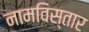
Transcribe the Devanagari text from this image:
नामविस्‍तार